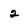
Character: 2